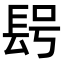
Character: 𨱭